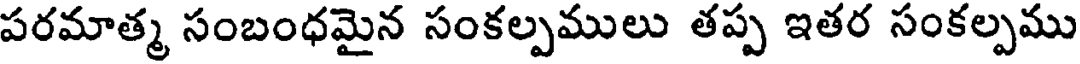
పరమాత్మ సంబంధమైన సంకల్పములు తప్ప ఇతర సంకల్పము